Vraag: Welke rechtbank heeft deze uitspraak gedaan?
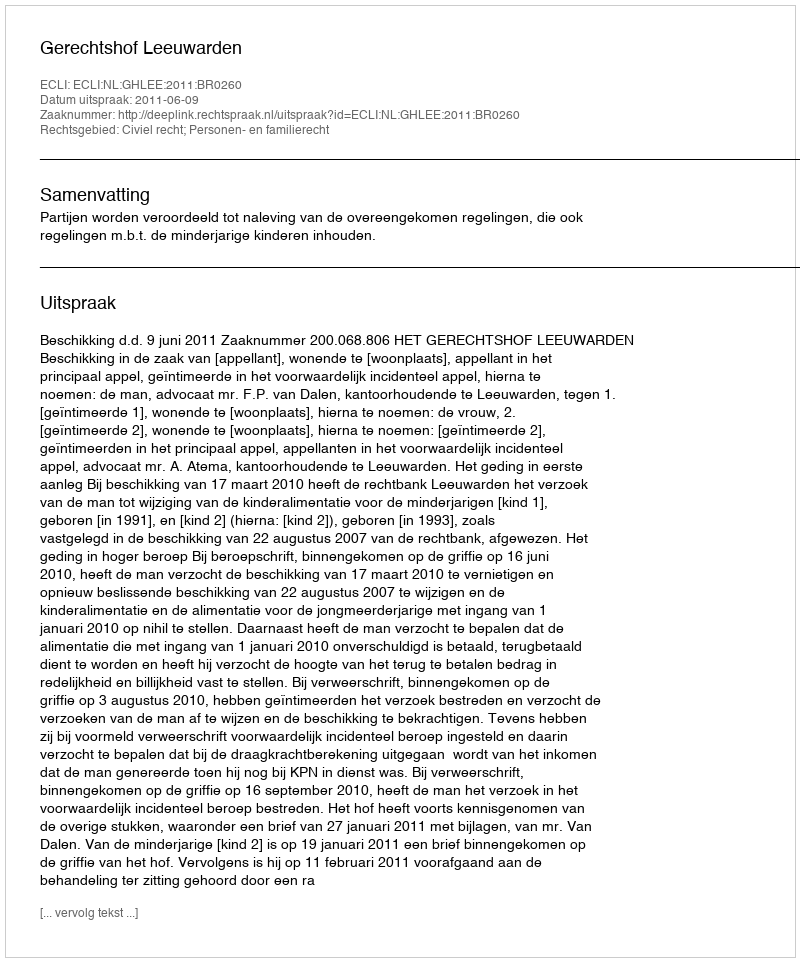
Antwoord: Gerechtshof Leeuwarden